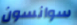
سوانسون